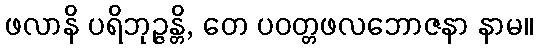
ဖလာနိ ပရိဘုဉ္ဇန္တိ, တေ ပဝတ္တဖလဘောဇနာ နာမ။